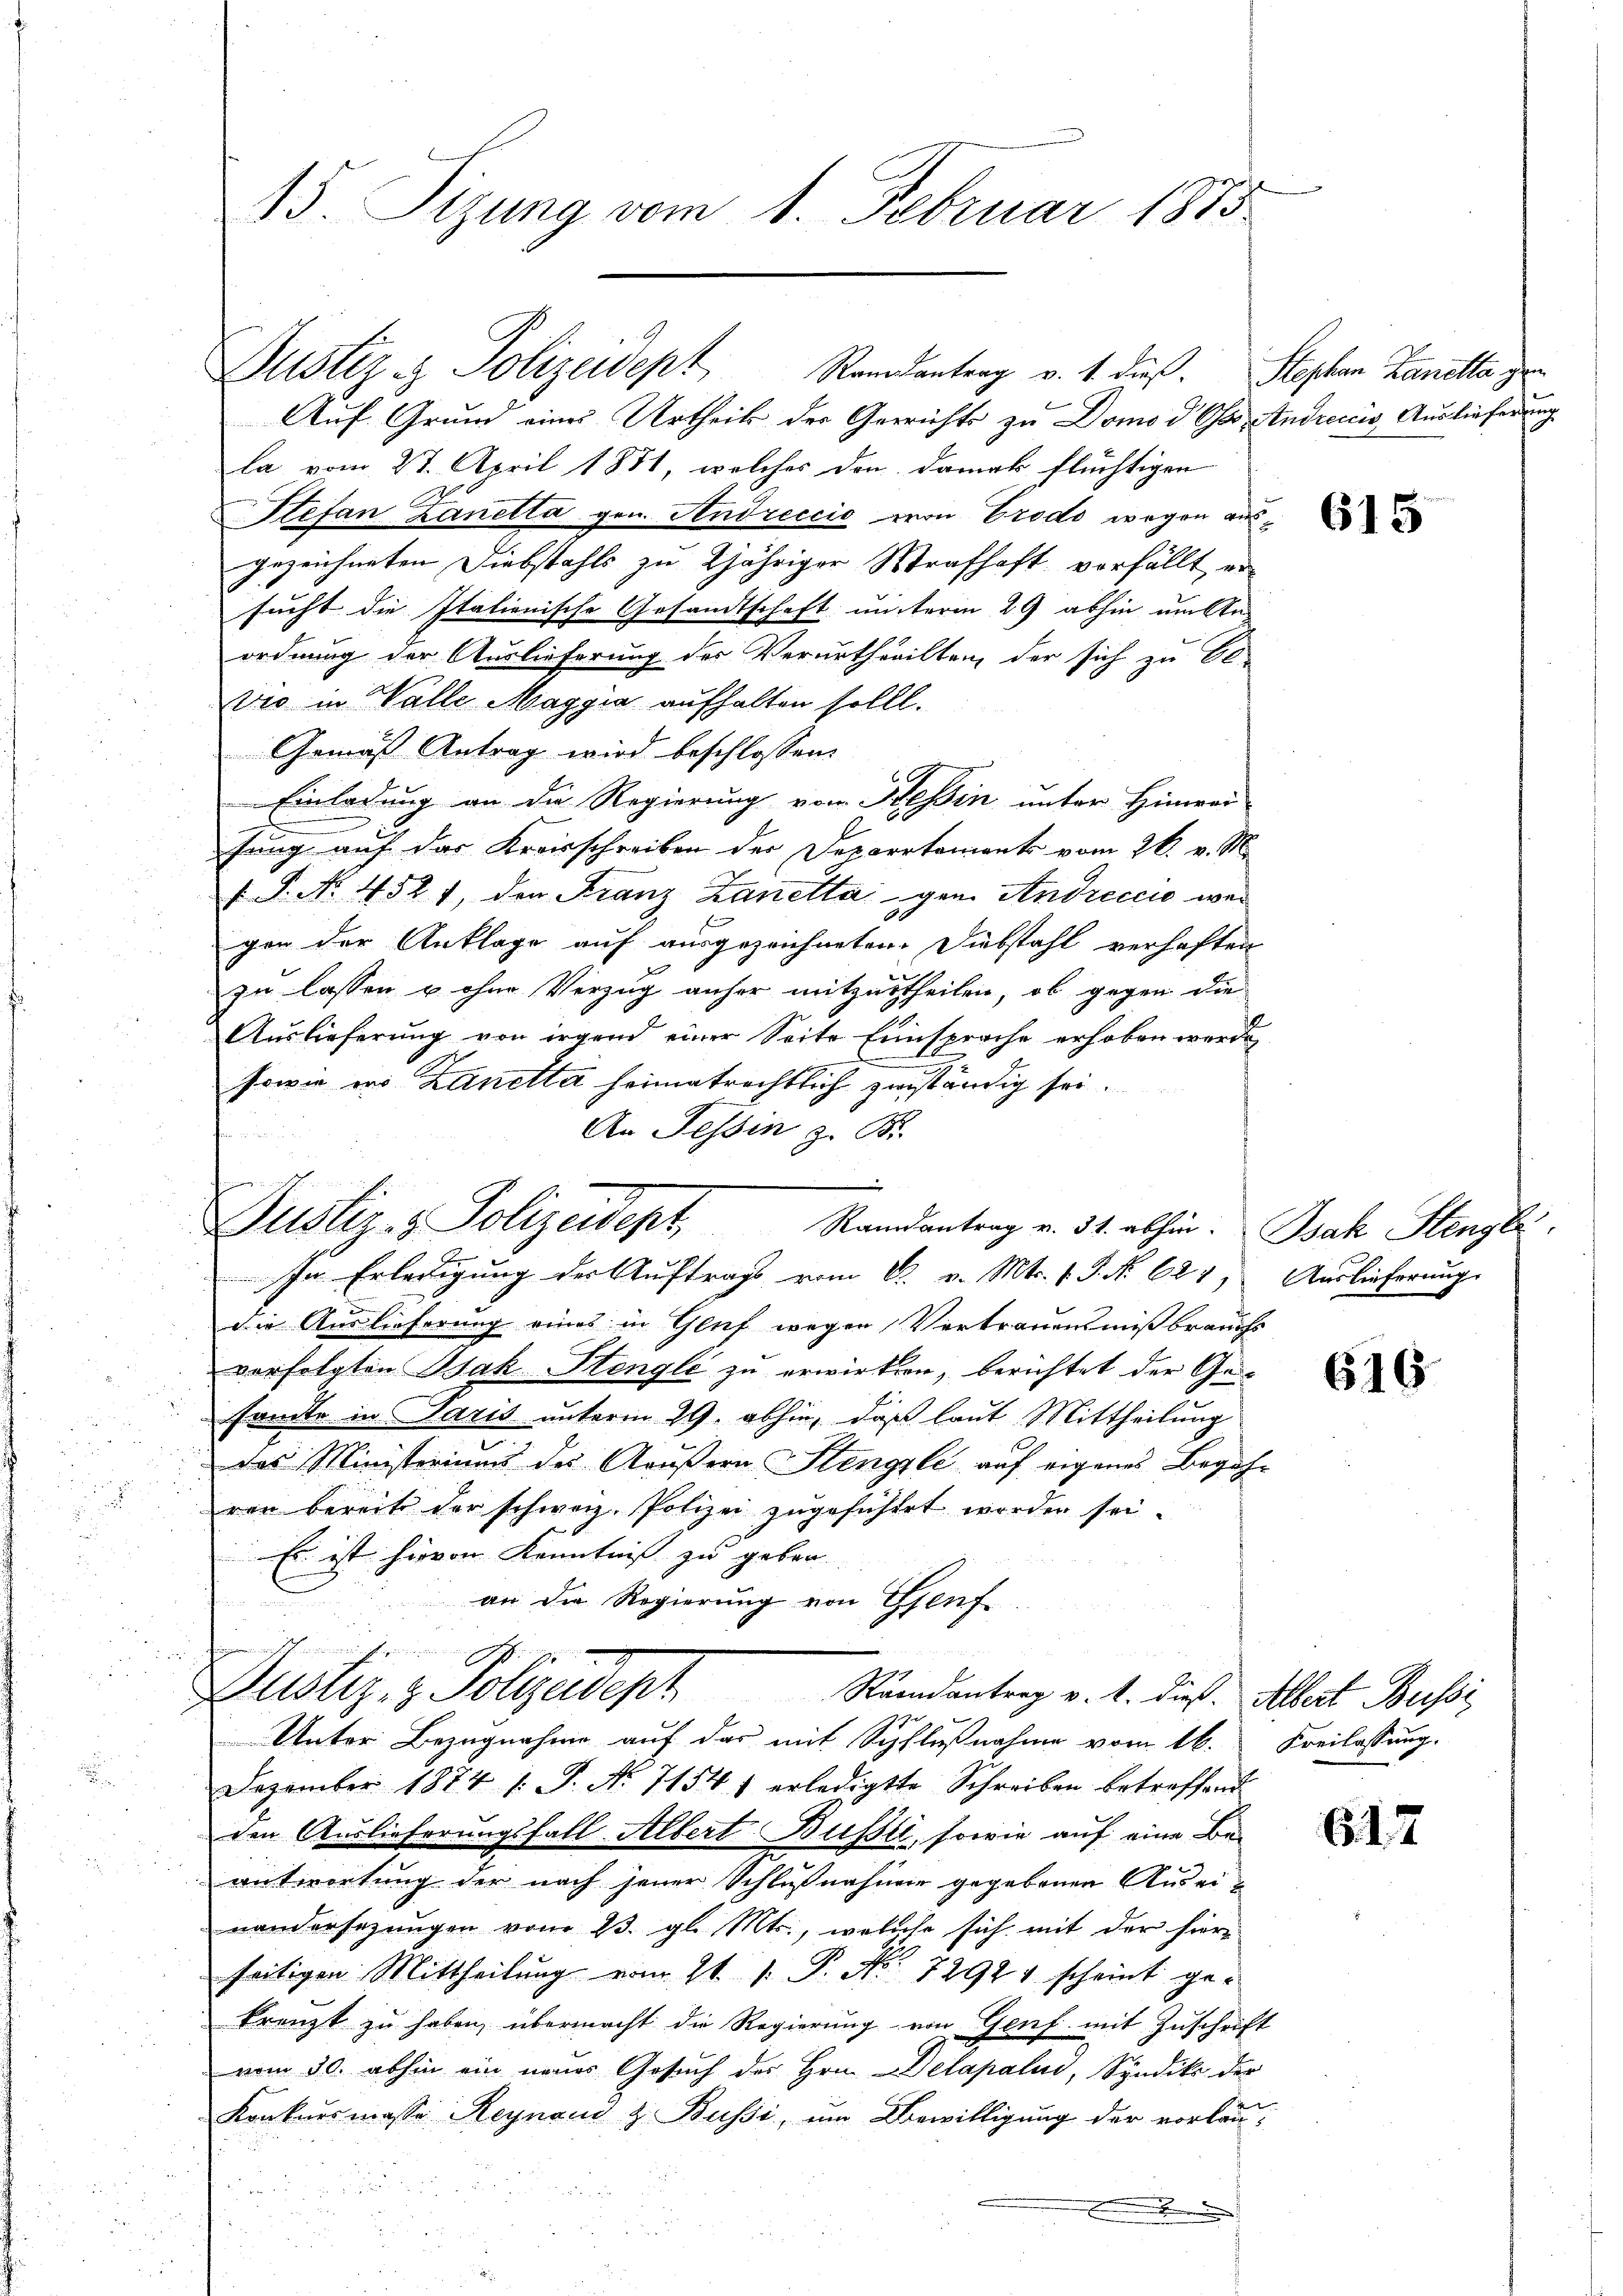
15. Sizung vom 1. Februar 1875

Justiz & Polizeidept, Randantrag v. 1. dieß. Stephan Zanella gen
Auf Grund eines Urtheil der Gerichts zu Domo d Otto. Andreccis, Auslieferung
la vom 27. April 1831, welches den damak flüchtigen
Stefan Zanetta gen. Andreccić von Crodo wegen ausgezeichneten Diebstahls zu 2jähriger Strafhaft verfällt ersucht die Italienische Gesandtschaft unterm 29 abhin um Reordnung der Auslieferung der Verurtheilten, der sich zu El-
tro in Valle Maggia aufhalten sollt.
Gemäß Antrag wird beschlossen:
Einladung an die Regierung von Hessin unter Hinwei-
fung auf das Kreisschreiben der Deparataments vom 26. v. M.
1 S. Nr. 4521, den Franz Laneltagen. Andreccie wei
gen der Anklage auf ausgezeichneten. Diebstahl verhaften
zu lassen u ohne Verzug anher mitzutheilen, ob gegen die
Auslieferung von irgend einer Seite Einsproche erhoben werde,
sowie des Zanetta heimatrechtlich zuständig sei.
An Tessin z. B.
Justiz- & Polizeidept, Randantrag v. 31. abhin: Bak Stengle
In Erledigung der Auftrag vom 6. v. Mts. v. J. No 621, Auslieferungs
die Auslieferung eines in Gluf wegen Vertrauensmißbrauchs
verfolgten Isak Stengle zu erwirken, berichtet der Gesante in Paris unterm 29. abhin, daß laut Mittheilung
das Ministoriums des Aeußern Stengele auf eigenes Begeh¬
u
.
ren bereits der schweiz. Polizei zŭgeführet worden sei.
Es ist hievon Kenntniß zu geber
an die Regierung von Genf
e
Justiz- & Polizadept
Raandantrag v. 1. dieß. Albert Bussi
Unter Bezugnahme auf das mit Schlußnahme vom 16. Freilassung.
.
Dezember 1874 v. J. No 71541 erledigte Schreiben betreffend
den Auslieferungsfall Albert Busste, sowie auf eine Be-
antwortung der nach jener Schlußnahmen gegebenen Auseinandersezungen vom 23. gl. Mts., welche sich mit der hierseitigen Mittheilung vom 21. 1. P. Nr. 7292 scheint gekreuzt zu haben, übermacht die Regierung von Genf mit Zuschrift
vom 30. abhin ein neues Gesuch der Hrn. Delapalin, Syndik der
Konkursmasse Regnaud z. Bussi, um Bewilligung der vorlau¬

.

615

616

612